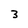
Character: 3